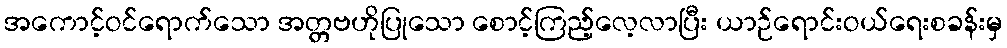
အကောင့်ဝင်ရောက်သော အတ္တဗဟိုပြုသော စောင့်ကြည့်လေ့လာပြီး ယာဉ်ရောင်းဝယ်ရေးစခန်းမှ